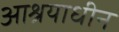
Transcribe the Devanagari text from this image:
आश्रयाधीन